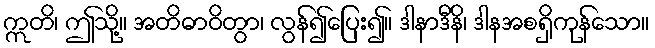
ဣတိ၊ ဤသို့။ အတိဓာဝိတွာ၊ လွန်၍ပြေး၍။ ဒါနာဒီနိ၊ ဒါနအစရှိကုန်သော။